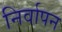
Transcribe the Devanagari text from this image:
निर्वापन